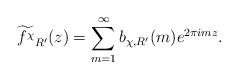
LaTeX: \begin{align*}\widetilde{f^\chi}_{R'}(z) = \sum_{m=1}^\infty b_{\chi, R'}(m)e^{2\pi imz}.\end{align*}